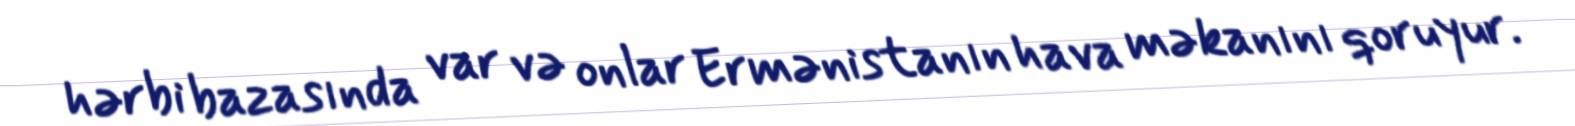
hərbi bazasında var və onlar Ermənistanın hava məkanını qoruyur.